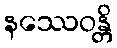
နဿေဝန္တိ